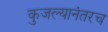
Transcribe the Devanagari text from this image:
कुजल्यानंतरच